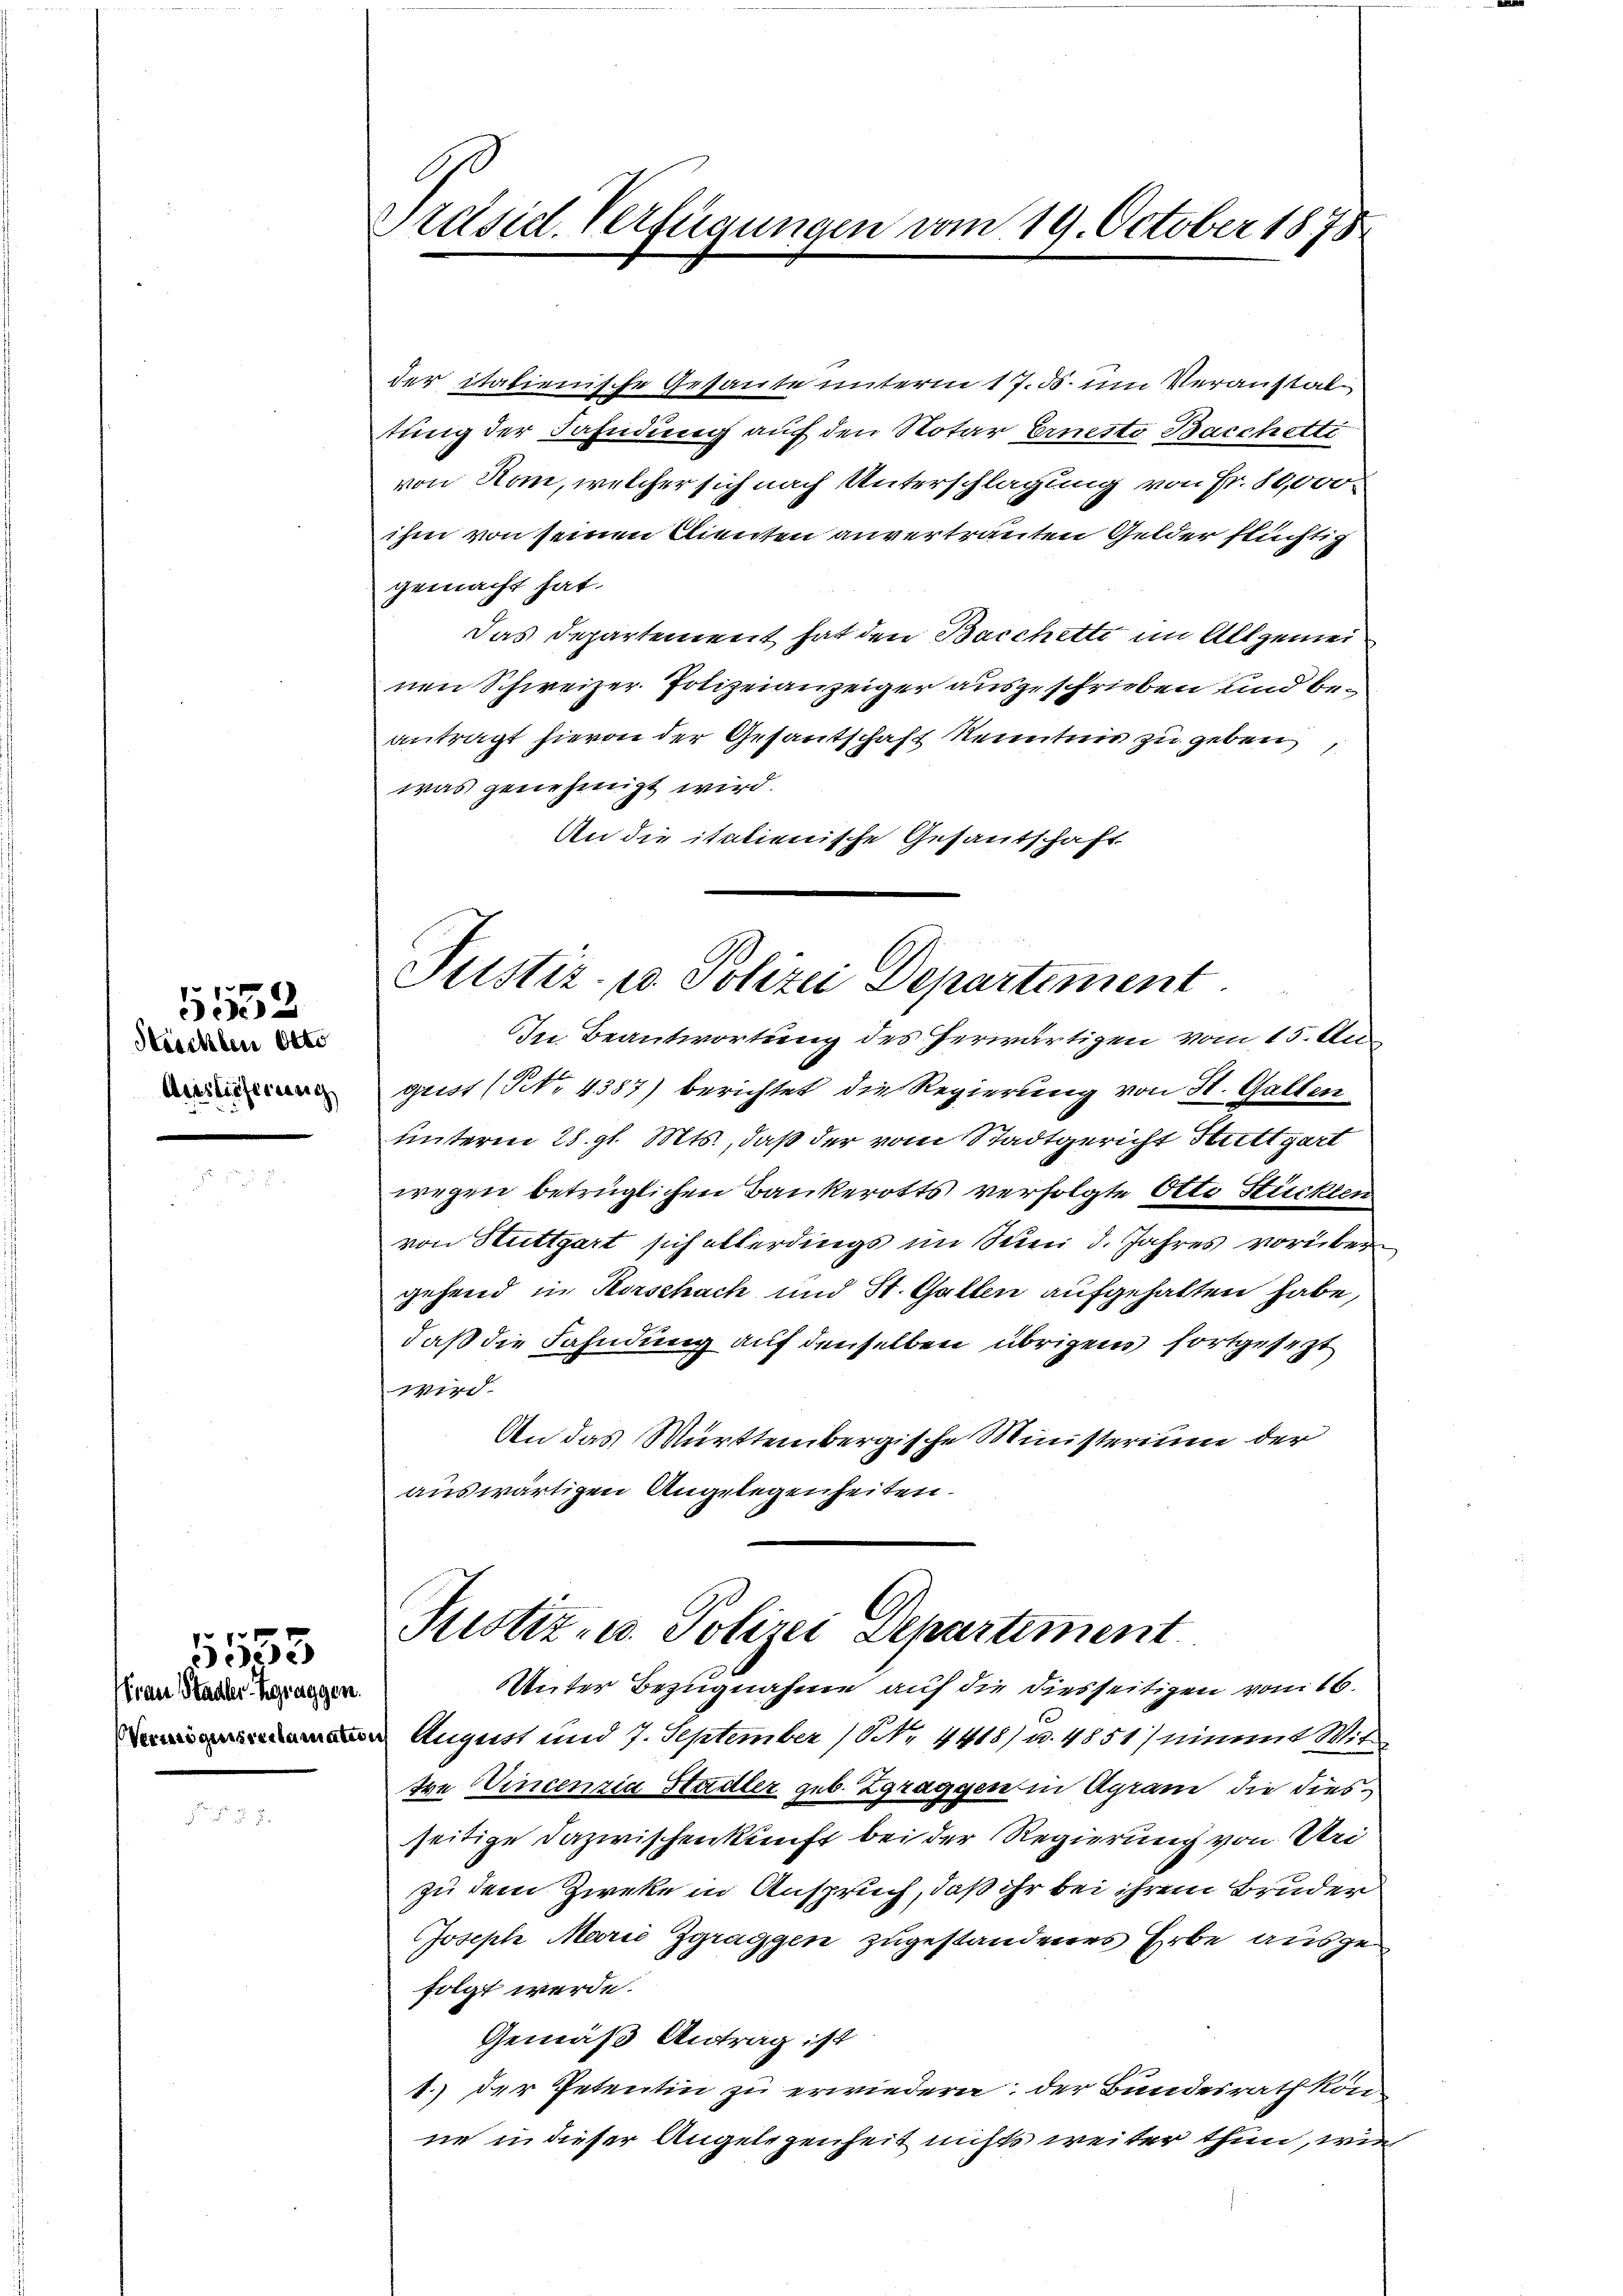
Heschlen Otto
Auslieferung

5552

frau Stadler-Zgraggen.
Vermögensreclamatis

5533

Präsid. Verfügungen vom 19. October 1878

der italienische Gesante unterm 17. ds. um Veranstaltung der Fahndung auf den Notar Ernesto Bacchette
von Romm, welcher sich nach Unterschlagung von Fr. 10,000.
ihm von seinen Clienten anvertrauten Gelder flüchtig
gemacht hat.
Das Departement hat den Bacchetti im Allgemeinen Schweizer Polizeianzeiger auszuschrieben und beantragt hievon der Gesantschaft Kenntnis zu geben
was genehmigt wird.
An die italienische Gesantschaft

Justiz- u. Polizei Departement

In Beantwortung des herwärtigen vom 15. Una
gust (N. 4387) berichtet die Regierung von St. Gallen
unterm 28. gl. Mts., daß der vom Stadtgericht Stuttgart
wegen betrüglichen Bankerotts verfolgte Otto Stückten
von Stuttgart sich allerdings im Seen d. Jahres vorüber
gehend in Korschach und St. Gallen aufgehalten habe,
daß die Fahndung auf denselben übrigens fortgesezt
Wird
An das Württembergische Ministerium der
auswärtigen Angelegenheiten.

Justiz- u. Polizei Departiment

Unter Bezugnahme auf die diesseitigen vom 16.
 August und 7. September (NNNr. 4418) u. 4851) nimmt Wit
tre Vincenzia Stadler geb. Zgraggen in Agram die diesseitige Dazwischenkunft bei der Regierung von Uri
zu dem Zweke in Anspruch, daß ihr bei ihrem Bruder
Joseph Marić Zgraggen zugestandeners Erbe ausgefolgt werde.
Gemäß Antrag ist
1.) der Petentin zu erwiedern; der Bundesrath könne in dieser Angelegenheit nichts weiter thun, wie